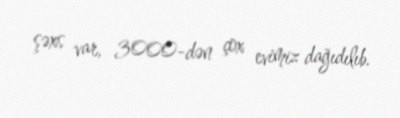
şəxs var, 3000-dən çox evimiz dağıdılıb.